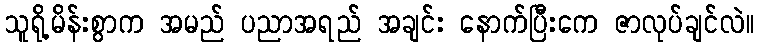
သူရို့မိန်းစွာက အမည် ပညာအရည် အချင်း နောက်ပြီးကေ ဇာလုပ်ချင်လဲ။